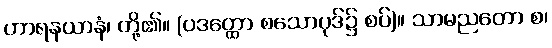
ဟာရနယာနံ၊ တို့၏။ (ပဒတ္ထော စသောပုဒ်၌ စပ်)။ သာမညတော စ၊